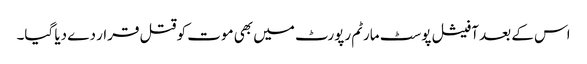
اس کے بعد آفیشل پوسٹ مارٹم رپورٹ میں بھی موت کو قتل قرار دے دیا گیا۔